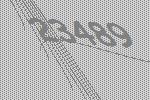
23489